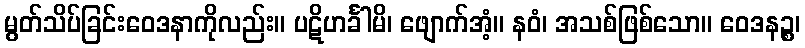
မွတ်သိပ်ခြင်းဝေဒနာကိုလည်း။ ပဋိဟင်္ခါမိ၊ ဖျောက်အံ့။ နဝံ၊ အသစ်ဖြစ်သော။ ဝေဒနဉ္စ၊